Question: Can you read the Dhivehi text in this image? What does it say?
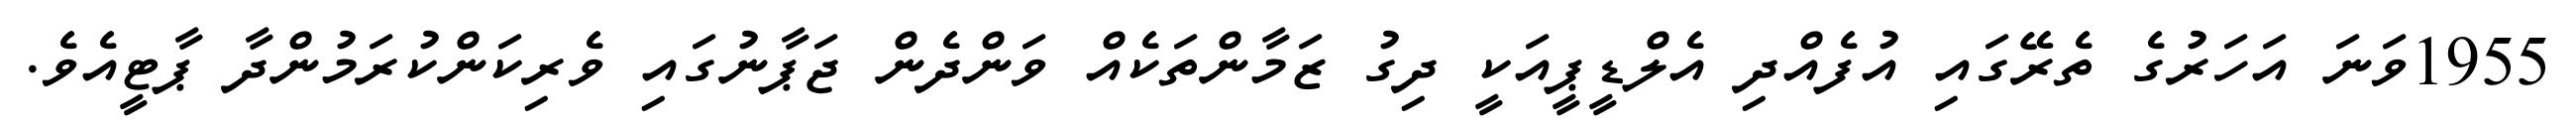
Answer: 1955ވަނަ އަހަރުގެ ތެރޭގައި އުފެއްދި އެލްޑީޕީއަކީ ދިގު ޒަމާންތަކެއް ވަންދެން ޖަޕާނުގައި ވެރިކަންކުރަމުންދާ ޕާޓީއެވެ.